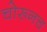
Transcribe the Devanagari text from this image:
चोरूनच